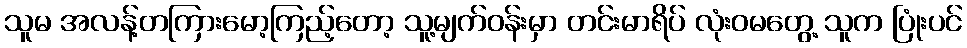
သူမ အလန့်တကြားမော့ကြည့်တော့ သူ့မျက်ဝန်းမှာ တင်းမာရိပ် လုံးဝမတွေ့ သူက ပြုံးပင်